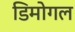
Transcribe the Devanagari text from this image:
डिमोगल